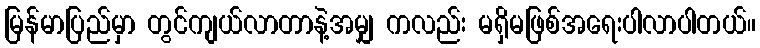
မြန်မာပြည်မှာ တွင်ကျယ်လာတာနဲ့အမျှ ကလည်း မရှိမဖြစ်အရေးပါလာပါတယ်။